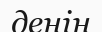
денін